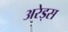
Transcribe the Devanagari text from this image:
अरेड्स